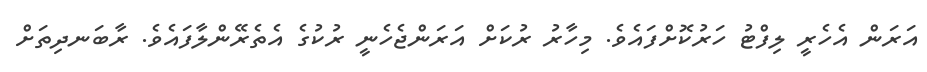
އަރަން އެހެރީ ލިފްޓު ހަރުކޮށްފައެވެ. މިހާރު ރުކަށް އަރަންޖެހެނީ ރުކުގެ އެތެރޭންލާފައެވެ. ރާބަނދިތަށް